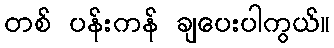
တစ် ပန်းကန် ချပေးပါကွယ်။